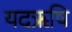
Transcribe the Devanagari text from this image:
यदऋषि